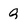
Character: g